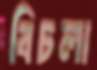
বিচলা